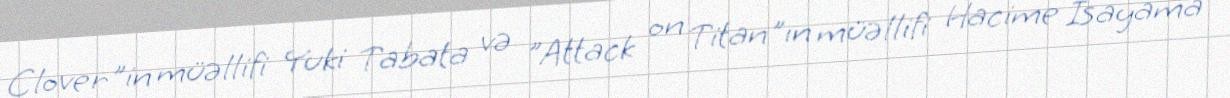
Clover"in müəllifi Yuki Tabata və "Attack on Titan"ın müəllifi Hacime İsayama